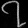
Digit: ၇